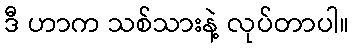
ဒီ ဟာက သစ်သားနဲ့ လုပ်တာပါ။